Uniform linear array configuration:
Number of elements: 8
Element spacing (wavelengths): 0.75
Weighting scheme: hann
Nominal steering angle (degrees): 0
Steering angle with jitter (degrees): -1.947
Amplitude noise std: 0.05
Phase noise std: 0.05

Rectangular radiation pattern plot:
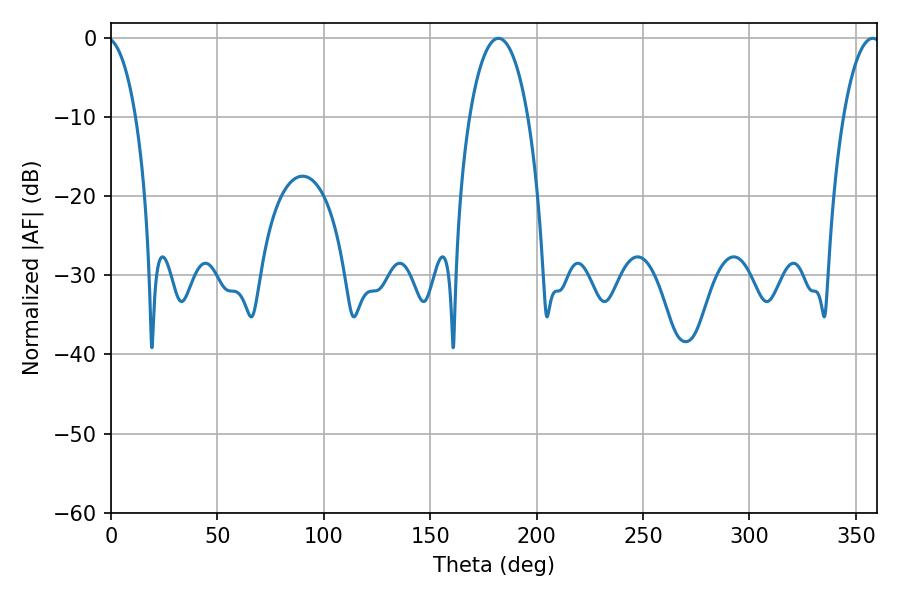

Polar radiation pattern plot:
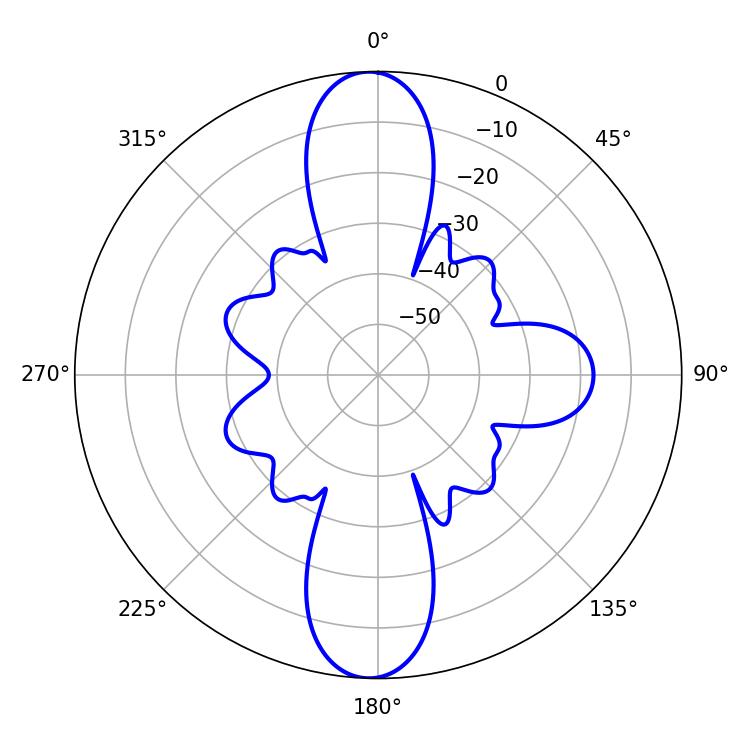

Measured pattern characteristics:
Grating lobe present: TRUE
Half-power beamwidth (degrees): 15.48
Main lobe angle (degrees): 181.98